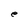
Character: e